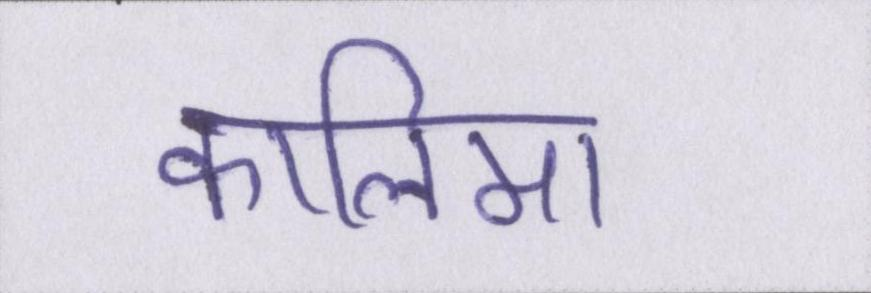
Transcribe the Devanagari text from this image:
कालिमा